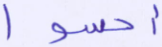
أحسوا